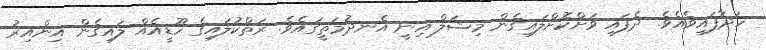
ހަދާފައިވެއެވެ. ދެފައި ވަށްކޮށްލައިގެން މިޝަލް އިނީ އެނދުމަތީގައެވެ. ރަތްކުލައިގެ ހޫޑީއެއް ލައިގެން އިންއިރު